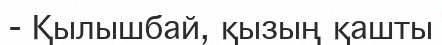
-	Қылышбай, қызың қашты